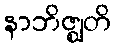
နာဘိဇ္ဈတိ